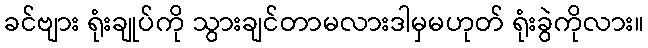
ခင်ဗျား ရုံးချုပ်ကို သွားချင်တာမလားဒါမှမဟုတ် ရုံးခွဲကိုလား။